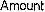
AMOUNT